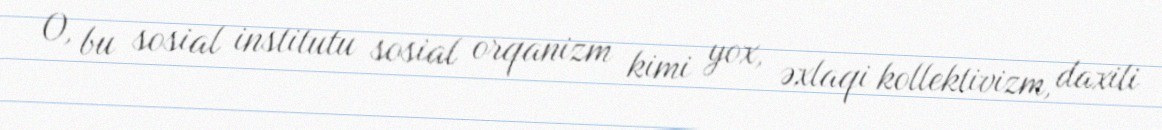
O, bu sosial institutu sosial orqanizm kimi yox, əxlaqi kollektivizm, daxili